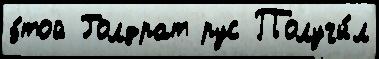
э́той Голдрат рус Получи́л